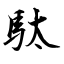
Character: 駄